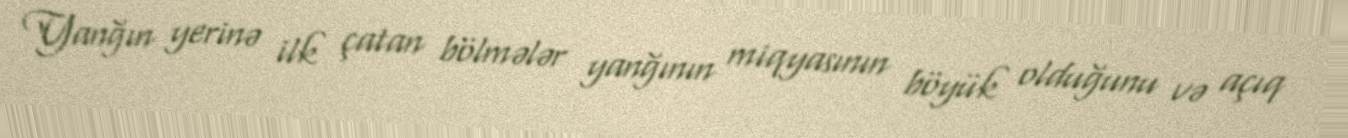
Yanğın yerinə ilk çatan bölmələr yanğının miqyasının böyük olduğunu və açıq